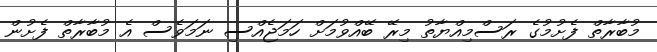
މުބާރާތް ފެށުމުގެ ރަސްމިއްޔާތު މިރޭ ބޭއްވުމަށް ހަމަޖެއްސި ނަމަވެސް އެ މުބާރާތް ފެށުން